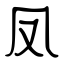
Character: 凤